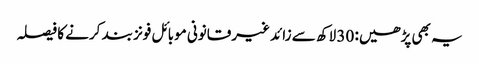
یہ بھی پڑھیں: 30 لاکھ سے زائد غیرقانونی موبائل فونز بند کرنے کا فیصلہ